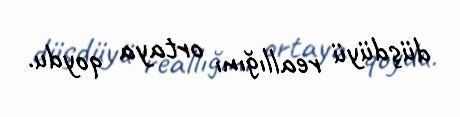
düşdüyü reallığını ortaya qoydu.